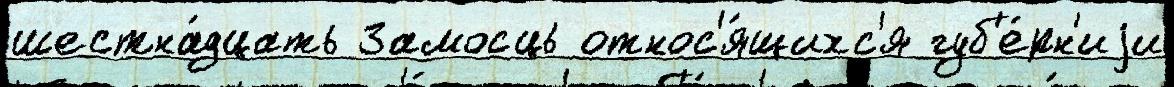
шестна́дцать Замосць относ'я́щихс'я губ'е́рн'иjи